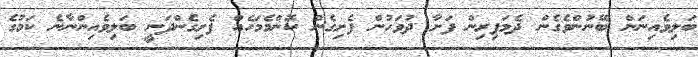
ބަލިވެއިނަން ބޭނުންވެގެން ދެމަފިރިން ފަށާ ދުވަހުން ފެށިގެން ކޮންމެމަހެއް ފެށިގެންދަނީ ބަލިވެއިންނާނެ ކަމުގެ